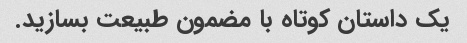
یک داستان کوتاه با مضمون طبیعت بسازید.